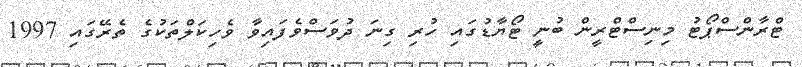
ޓްރާންސްޕޯޓު މިނިސްޓްރީން ބުނީ ޓޯޔާޑުގައި ހުރި ގިނަ ދުވަސްވެފައިވާ ވެހިކަލްތަކުގެ ތެރޭގައި 1997